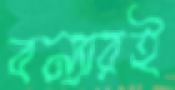
বন্যারই